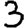
Digit: 3